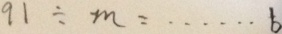
9 1 \div m = \cdots b